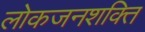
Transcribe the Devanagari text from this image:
लोकजनशक्ति